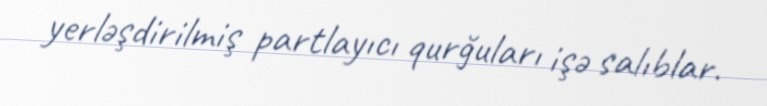
yerləşdirilmiş partlayıcı qurğuları işə salıblar.